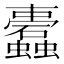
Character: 蠹